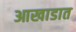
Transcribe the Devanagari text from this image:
आखाडात